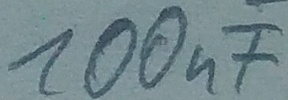
Text: 100nF